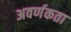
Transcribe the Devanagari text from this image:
अवर्णकता